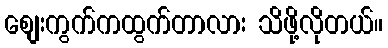
စျေးကွက်ကထွက်တာလား သိဖို့လိုတယ်။